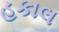
હકાલ